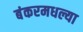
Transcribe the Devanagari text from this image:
बंकरमधल्या